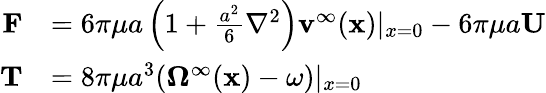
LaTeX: {\begin{array}{rl}{\mathbf{F}}&{=6\pi\mu a\left(1+{\frac{a^{2}}{6}}\nabla^{2}\right)\mathbf{v}^{\infty}(\mathbf{x})|_{x=0}-6\pi\mu a\mathbf{U}}\\ {\mathbf{T}}&{=8\pi\mu a^{3}(\mathbf{\Omega}^{\infty}(\mathbf{x})-\mathbf{\omega})|_{x=0}}\end{array}}